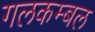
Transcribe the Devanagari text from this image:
गलकम्बल